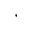
^ { * }